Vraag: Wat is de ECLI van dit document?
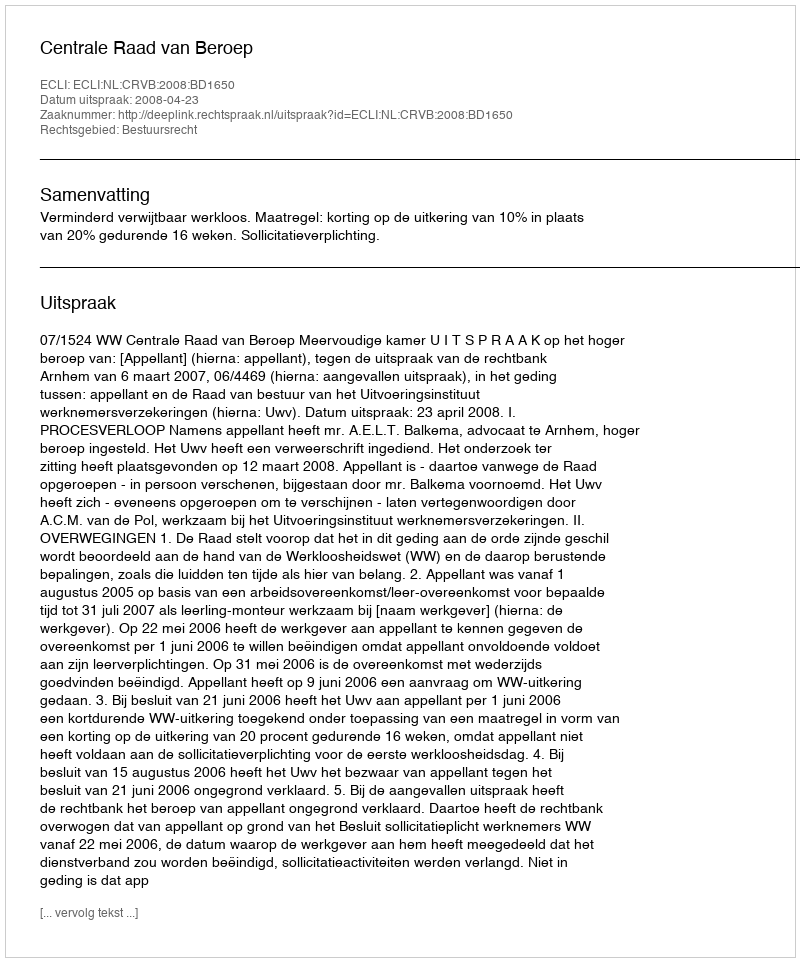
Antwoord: ECLI:NL:CRVB:2008:BD1650